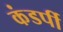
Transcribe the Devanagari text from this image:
कंडर्पी